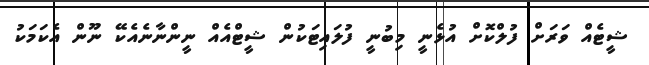
ޝީޓެއް ވަރަށް ފުލްކޮށް އުޅެނީ މިބުނީ ފުލައިޓަކުން ޝީޓްއެއް ނީންނާނެއެކޭ ނޫން އެކަމަކު